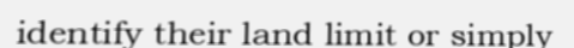
identify their land limit or simply